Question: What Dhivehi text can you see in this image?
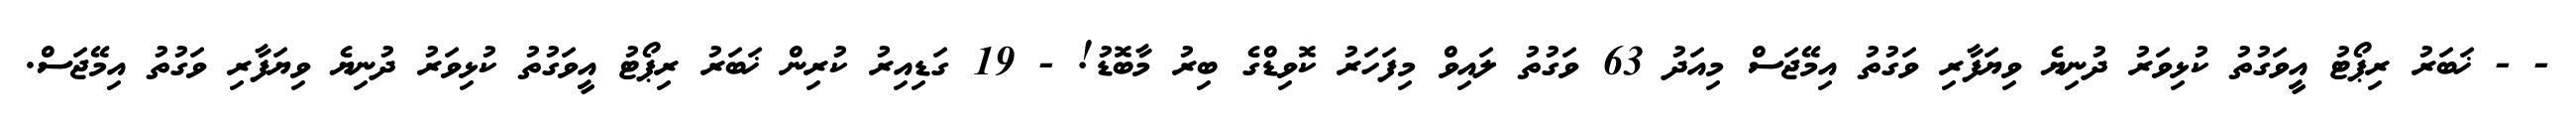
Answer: - - ޚަބަރު ރިޕޯޓު އީވަގުތު ކުޅިވަރު ދުނިޔެ ވިޔަފާރި ވަގުތު އިމޭޖަސް މިއަދު 63 ވަގުތު ލައިވް މިފަހަރު ކޮވިޑްގެ ބިރު މާބޮޑު! - 19 ގަޑިއިރު ކުރިން ޚަބަރު ރިޕޯޓު އީވަގުތު ކުޅިވަރު ދުނިޔެ ވިޔަފާރި ވަގުތު އިމޭޖަސް.